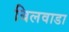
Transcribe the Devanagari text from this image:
बिलवाडा